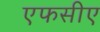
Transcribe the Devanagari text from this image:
एफसीए